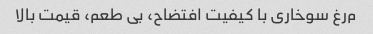
م‌رغ سوخاری با کیفیت افتضاح، بی طعم، قیمت بالا